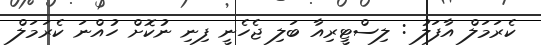
ކެރަމަލް އާފަލު : ލިސްޓީރިއާ ބަލި ޖެހެނީ ފިނި ނުކޮށް ހުއްނަ ކެރަމަލް